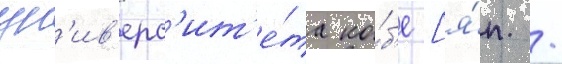
ун'ив'ерс'ит'е́та ко́б'е [я́п. /